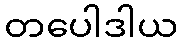
တပေါဒါယ